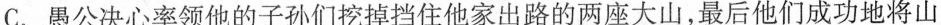
C. 愚公决心率领他的子孙们挖掉挡住他家出路的两座大山，最后他们成功地将山